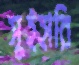
সুইহারি